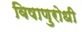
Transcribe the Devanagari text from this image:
विषाणुरोधी